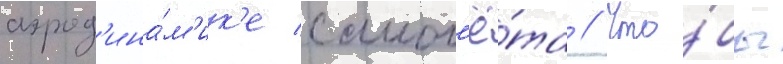
аэрод'ина́м'ик'е самол'ё́та // Что́бы